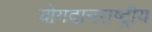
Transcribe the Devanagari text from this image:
योगदानराष्ट्रीय